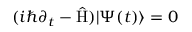
( i \hbar \partial _ { t } - \hat { \mathrm { H } } ) | \Psi ( t ) \rangle = 0